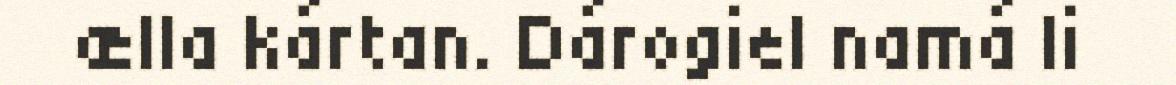
ælla kártan. Dárogiel namá li